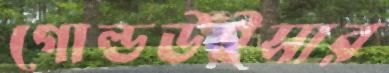
গোল্ডউইসার